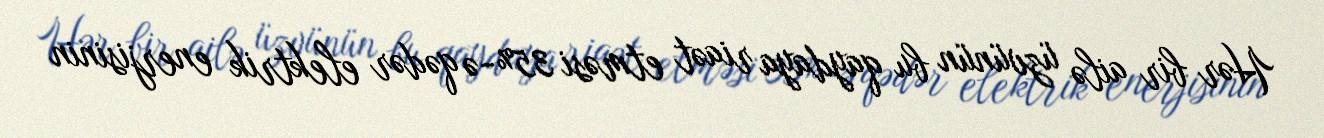
Hər bir ailə üzvünün bu qaydaya riaət etməsi 35%-ə qədər elektrik enerjisinin